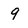
Character: 9